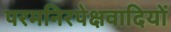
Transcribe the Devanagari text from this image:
परमनिरपेक्षवादियों